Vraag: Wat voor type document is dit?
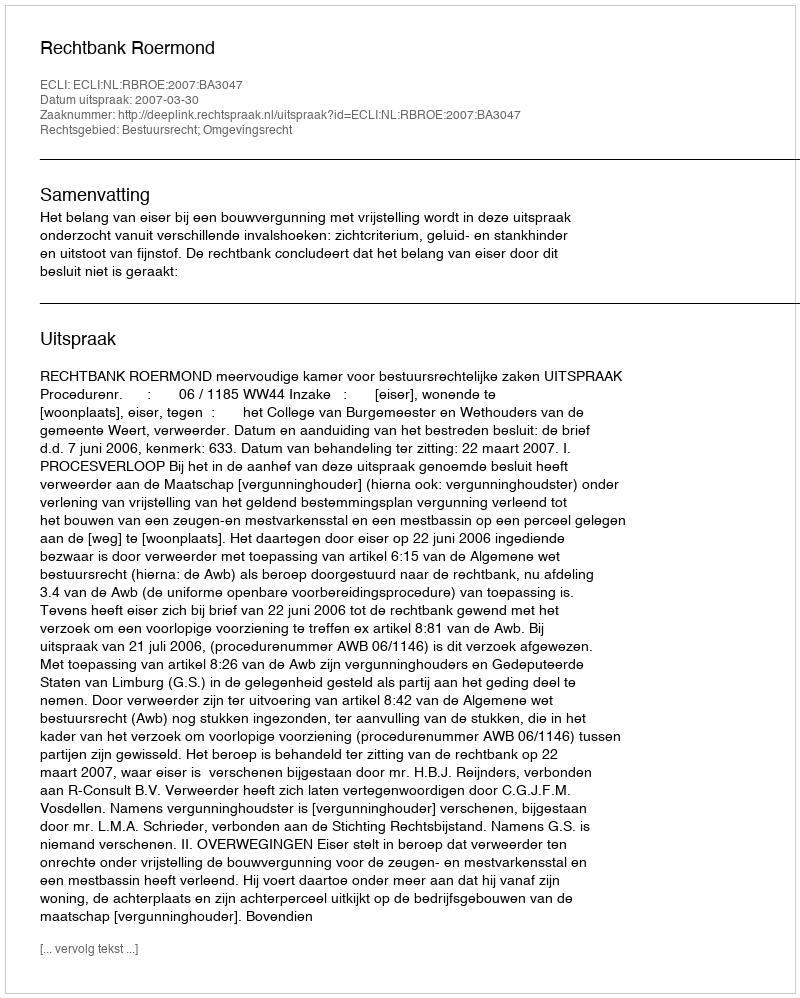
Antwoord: Uitspraak